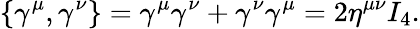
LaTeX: \left\{ \gamma^{\mu},\gamma^{\nu}\right\} =\gamma^{\mu}\gamma^{\nu}+\gamma^{\nu}\gamma^{\mu}=2\eta^{\mu\nu}I_{4}.